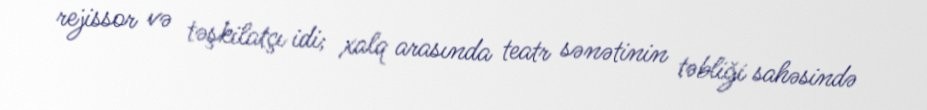
rejissor və təşkilatçı idi; xalq arasında teatr sənətinin təbliği sahəsində